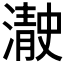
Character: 𰝓